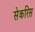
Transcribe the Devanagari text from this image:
सेकरिस